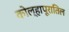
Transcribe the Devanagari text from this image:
कोल्हापूरातिल